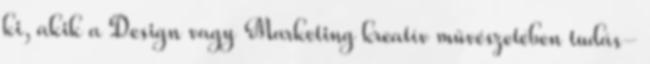
ki, akik a Design vagy Marketing kreatív művészetében tudás-